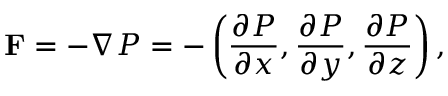
\mathbf { F } = - \nabla P = - \left( { \frac { \partial P } { \partial x } } , { \frac { \partial P } { \partial y } } , { \frac { \partial P } { \partial z } } \right) ,